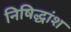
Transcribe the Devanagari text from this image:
निषिद्धांश